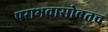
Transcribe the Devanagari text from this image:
पराभवासोबतच